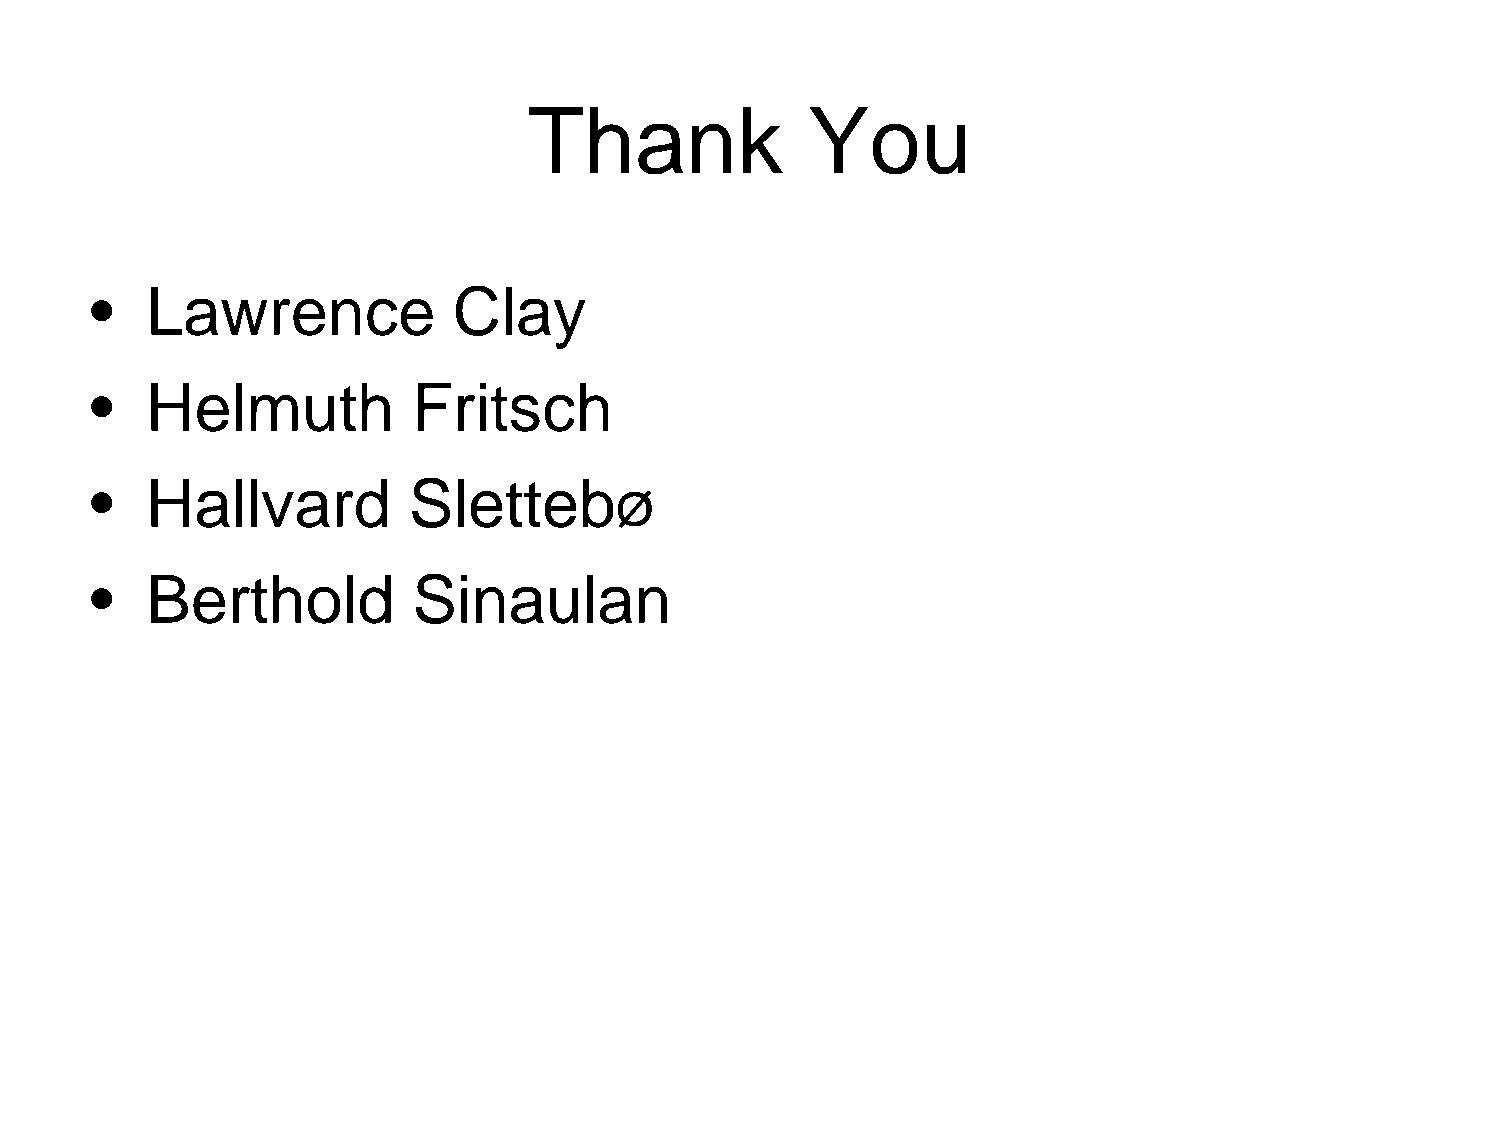
Thank              You
 •   Lawrence            Clay
 •   Helmuth          Fritsch
 •   Hallvard         Slettebø
 •   Berthold         Sinaulan